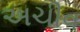
અચીવ